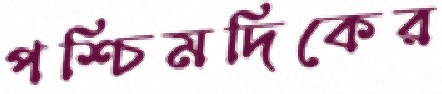
পশ্চিমদিকের